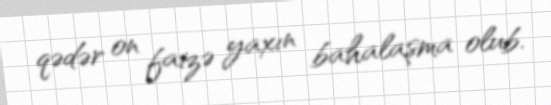
qədər on faizə yaxın bahalaşma olub.